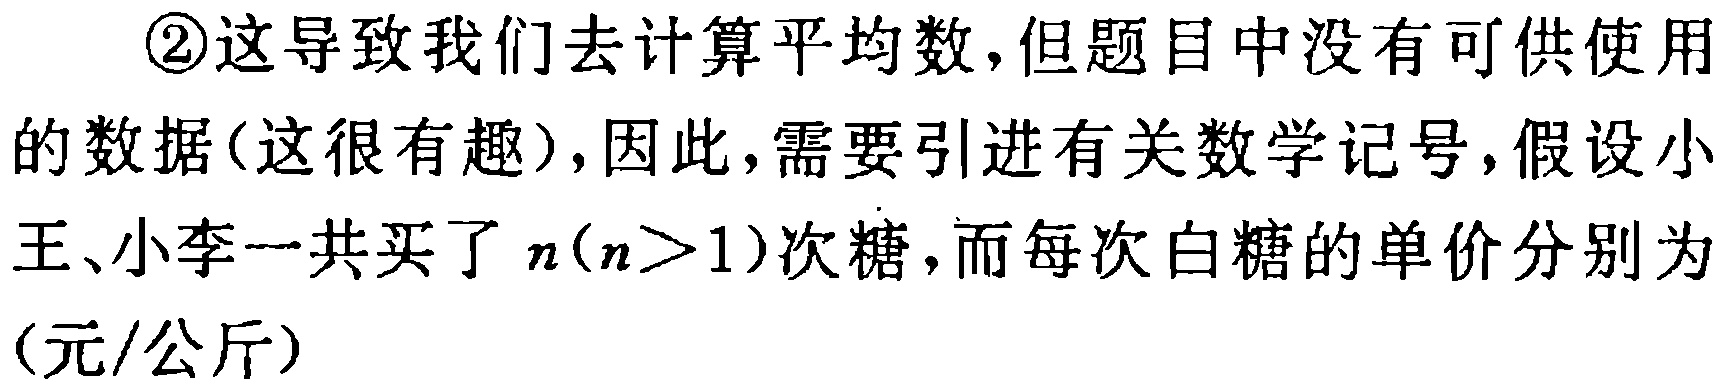
\textcircled{2}这导致我们去计算平均数,但题目中没有可供使用的数据(这很有趣),因此,需要引进有关数学记号,假设小王、小李一共买了\(n(n > 1)\)次糖,而每次白糖的单价分别为(元/公斤)